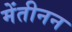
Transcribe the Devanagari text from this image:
मेंतीनन